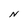
Character: N